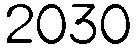
2030